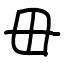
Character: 毌